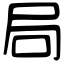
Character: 局